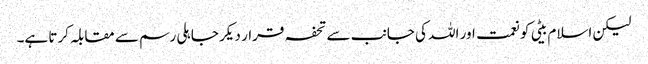
لیکن اسلام بیٹی کو نعمت اور اللہ کی جانب سے تحفہ قرار دیکر جاہلی رسم سے مقابلہ کرتا ہے۔